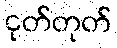
ငုတ်တုတ်